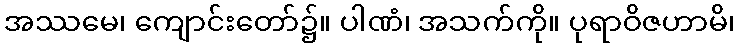
အဿမေ၊ ကျောင်းတော်၌။ ပါဏံ၊ အသက်ကို။ ပုရာဝိဇဟာမိ၊